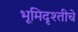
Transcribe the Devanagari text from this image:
भूमिदृश्तीचे